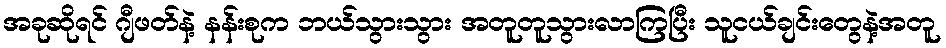
အခုဆိုရင် ဂျီဖတ်နဲ့ နန်းစုက ဘယ်သွားသွား အတူတူသွားလာကြပြီး သူငယ်ချင်းတွေနဲ့အတူ